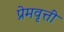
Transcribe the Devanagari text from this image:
प्रेमवृत्ती